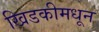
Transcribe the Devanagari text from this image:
खिडकीमधून